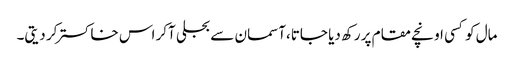
مال کو کسی اونچے مقام پر رکھ دیا جاتا،آسمان سے بجلی آکر اس خاکستر کر دیتی۔